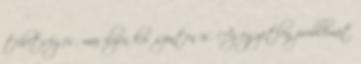
tehetséges, már ilyen kis szinten is. Az egyetlen problémát